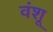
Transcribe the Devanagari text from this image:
वंशू